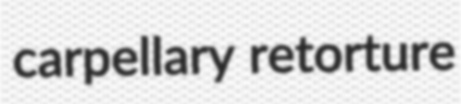
carpellary retorture